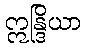
ဣန္ဒြိယာ